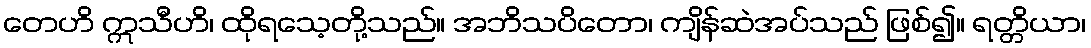
တေဟိ ဣသီဟိ၊ ထိုရသေ့တို့သည်။ အဘိသပိတော၊ ကျိန်ဆဲအပ်သည် ဖြစ်၍။ ရတ္တိယာ၊